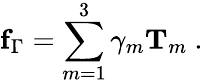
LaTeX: \mathbf{f}_{\Gamma}=\sum_{m=1}^{3}\gamma_{m}\mathbf{T}_{m}\mathrm{~.~}